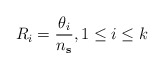
\begin{align*}R_i = \frac{\theta_i}{n_{\mathbf{s}}}, 1\leq i\leq k\end{align*}